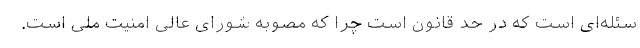
سئله‌ای است که در حد قانون است چرا که مصوبه شورای عالی امنیت ملی است.